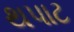
થપાટ